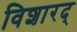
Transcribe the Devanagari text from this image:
विशारद्